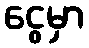
ငွေမှာ